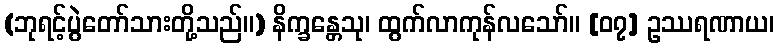
(ဘုရင့်ပွဲတော်သားတို့သည်။) နိက္ခန္တေသု၊ ထွက်လာကုန်လသော်။ [၀၇] ဥဿရဏာယ၊